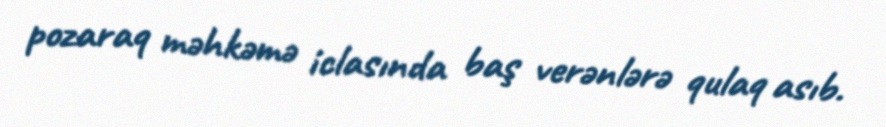
pozaraq məhkəmə iclasında baş verənlərə qulaq asıb.